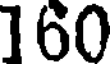
160